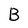
Character: B